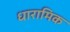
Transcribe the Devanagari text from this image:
धारामिक